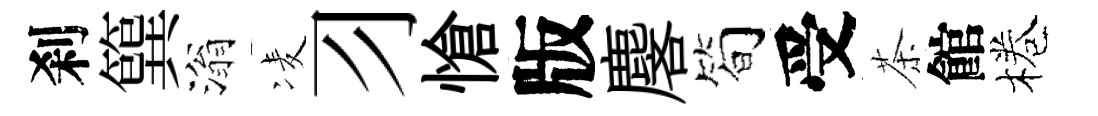
刹簨滃凌习愴版麐简受茶館棬